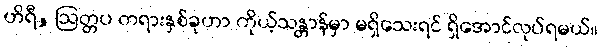
ဟိရီ, ဩတ္တပ တရားနှစ်ခုဟာ ကိုယ့်သန္တာန်မှာ မရှိသေးရင် ရှိအောင်လုပ်ရမယ်။